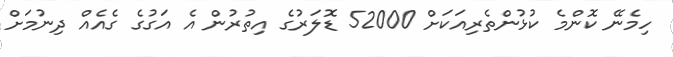
ހިމެނޭ ކޮންމެ ކުޅުންތެރިއަަކަށް 52000 ޑޮލަރުގެ އިތުރުން އެ އަގުގެ ގެއެއް ދިނުމަށް